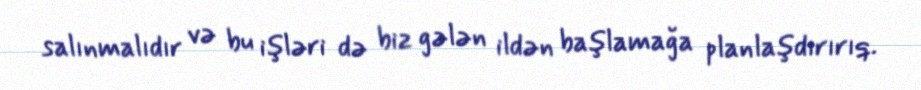
salınmalıdır və bu işləri də biz gələn ildən başlamağa planlaşdırırıq.